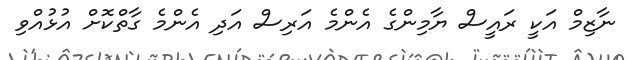
ނާޒިމް އަކީ ރައީސް ޔާމިންގެ އެންމެ އަރިސް އަދި އެންމެ ގާތްކޮށް އުޅުއްވި